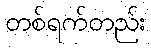
တစ်ရက်တည်း